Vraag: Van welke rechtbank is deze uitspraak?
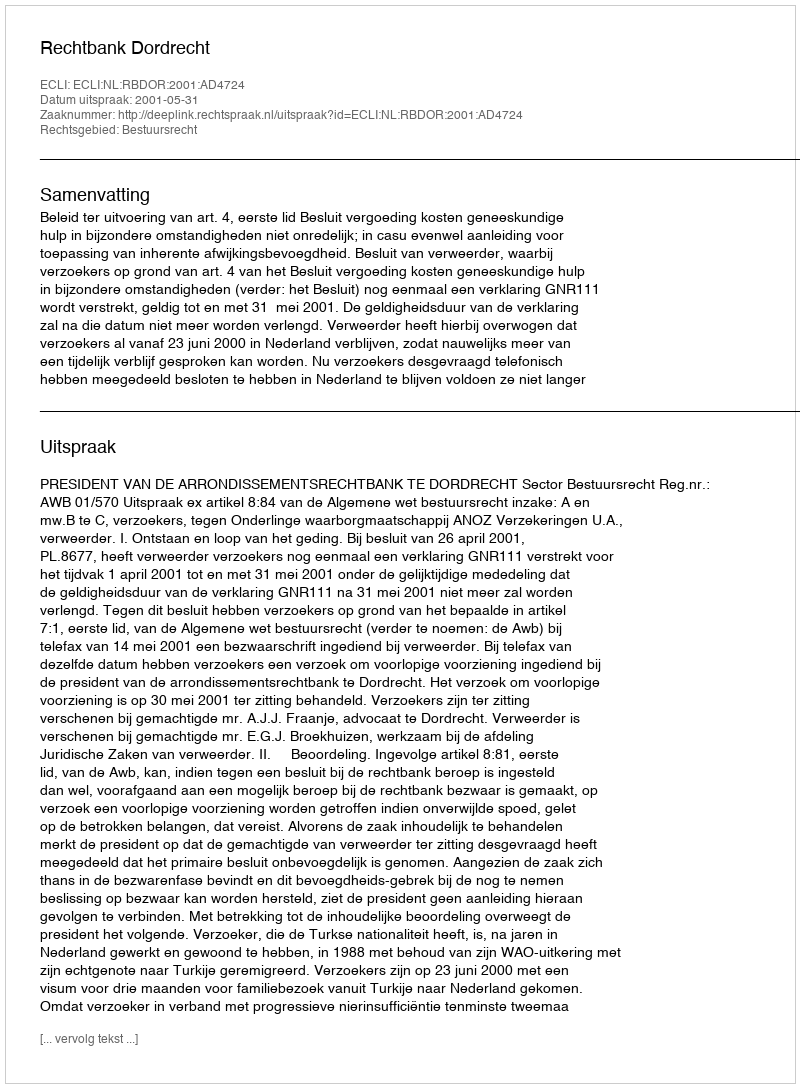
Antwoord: Rechtbank Dordrecht